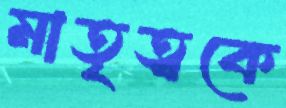
মাতৃত্বকে